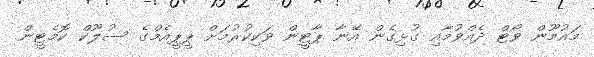
މައުމޫން ވޯޓް ދެއްވުމާއި ގުޅިގެން އޭނާ ޕާޓީން ވަކިކުރުމަށް ޕީޕީއެމްގެ ސުލޫކް ކޮމެޓީން